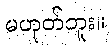
မဟုတ်ဘူး။